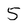
Character: 5